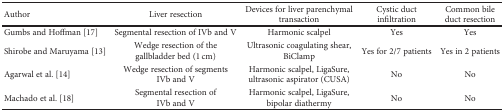
<table><thead><tr><td><b>Author</b></td><td><b>Liver resection</b></td><td><b>Devices for liver parenchymal transaction</b></td><td><b>Cystic duct infiltration</b></td><td><b>Common bile duct resection</b></td></tr></thead><tbody><tr><td>Gumbs and Hoffman [17]</td><td>Segmental resection of IVb and V</td><td>Harmonic scalpel</td><td>Yes</td><td>Yes</td></tr><tr><td>Shirobe and Maruyama [13]</td><td>Wedge resection of the gallbladder bed (1 cm)</td><td>Ultrasonic coagulating shear, BiClamp</td><td>Yes for 2/7 patients</td><td>Yes in 2 patients</td></tr><tr><td>Agarwal et al. [14]</td><td>Wedge resection of segments IVb and V</td><td>Harmonic scalpel, LigaSure, ultrasonic aspirator (CUSA)</td><td>No</td><td>No</td></tr><tr><td>Machado et al. [18]</td><td>Segmental resection of IVb and V</td><td>Harmonic scalpel, LigaSure, bipolar diathermy</td><td>No</td><td>No</td></tr></tbody></table>